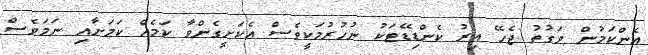
އެންކަމުން ވަގުތު ޖެހޭ އިރު ކެންޑިޑޭޓަކު ނުހުރުމަކީވެސް އެކަށީގެންވާ ކަމެއް ކަމަށާއި ނަމަވެސް